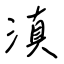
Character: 滇